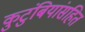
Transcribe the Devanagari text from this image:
कुटुंबियांसहित